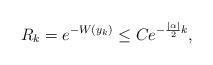
LaTeX: \begin{align*}R_k=e^{-W(y_k)}\leq Ce^{- \frac{|\alpha|}{2}k}, \end{align*}